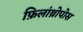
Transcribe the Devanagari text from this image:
फ़िलांथ्रोपोस